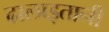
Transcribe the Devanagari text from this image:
ढालाइतानी